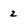
Character: 2